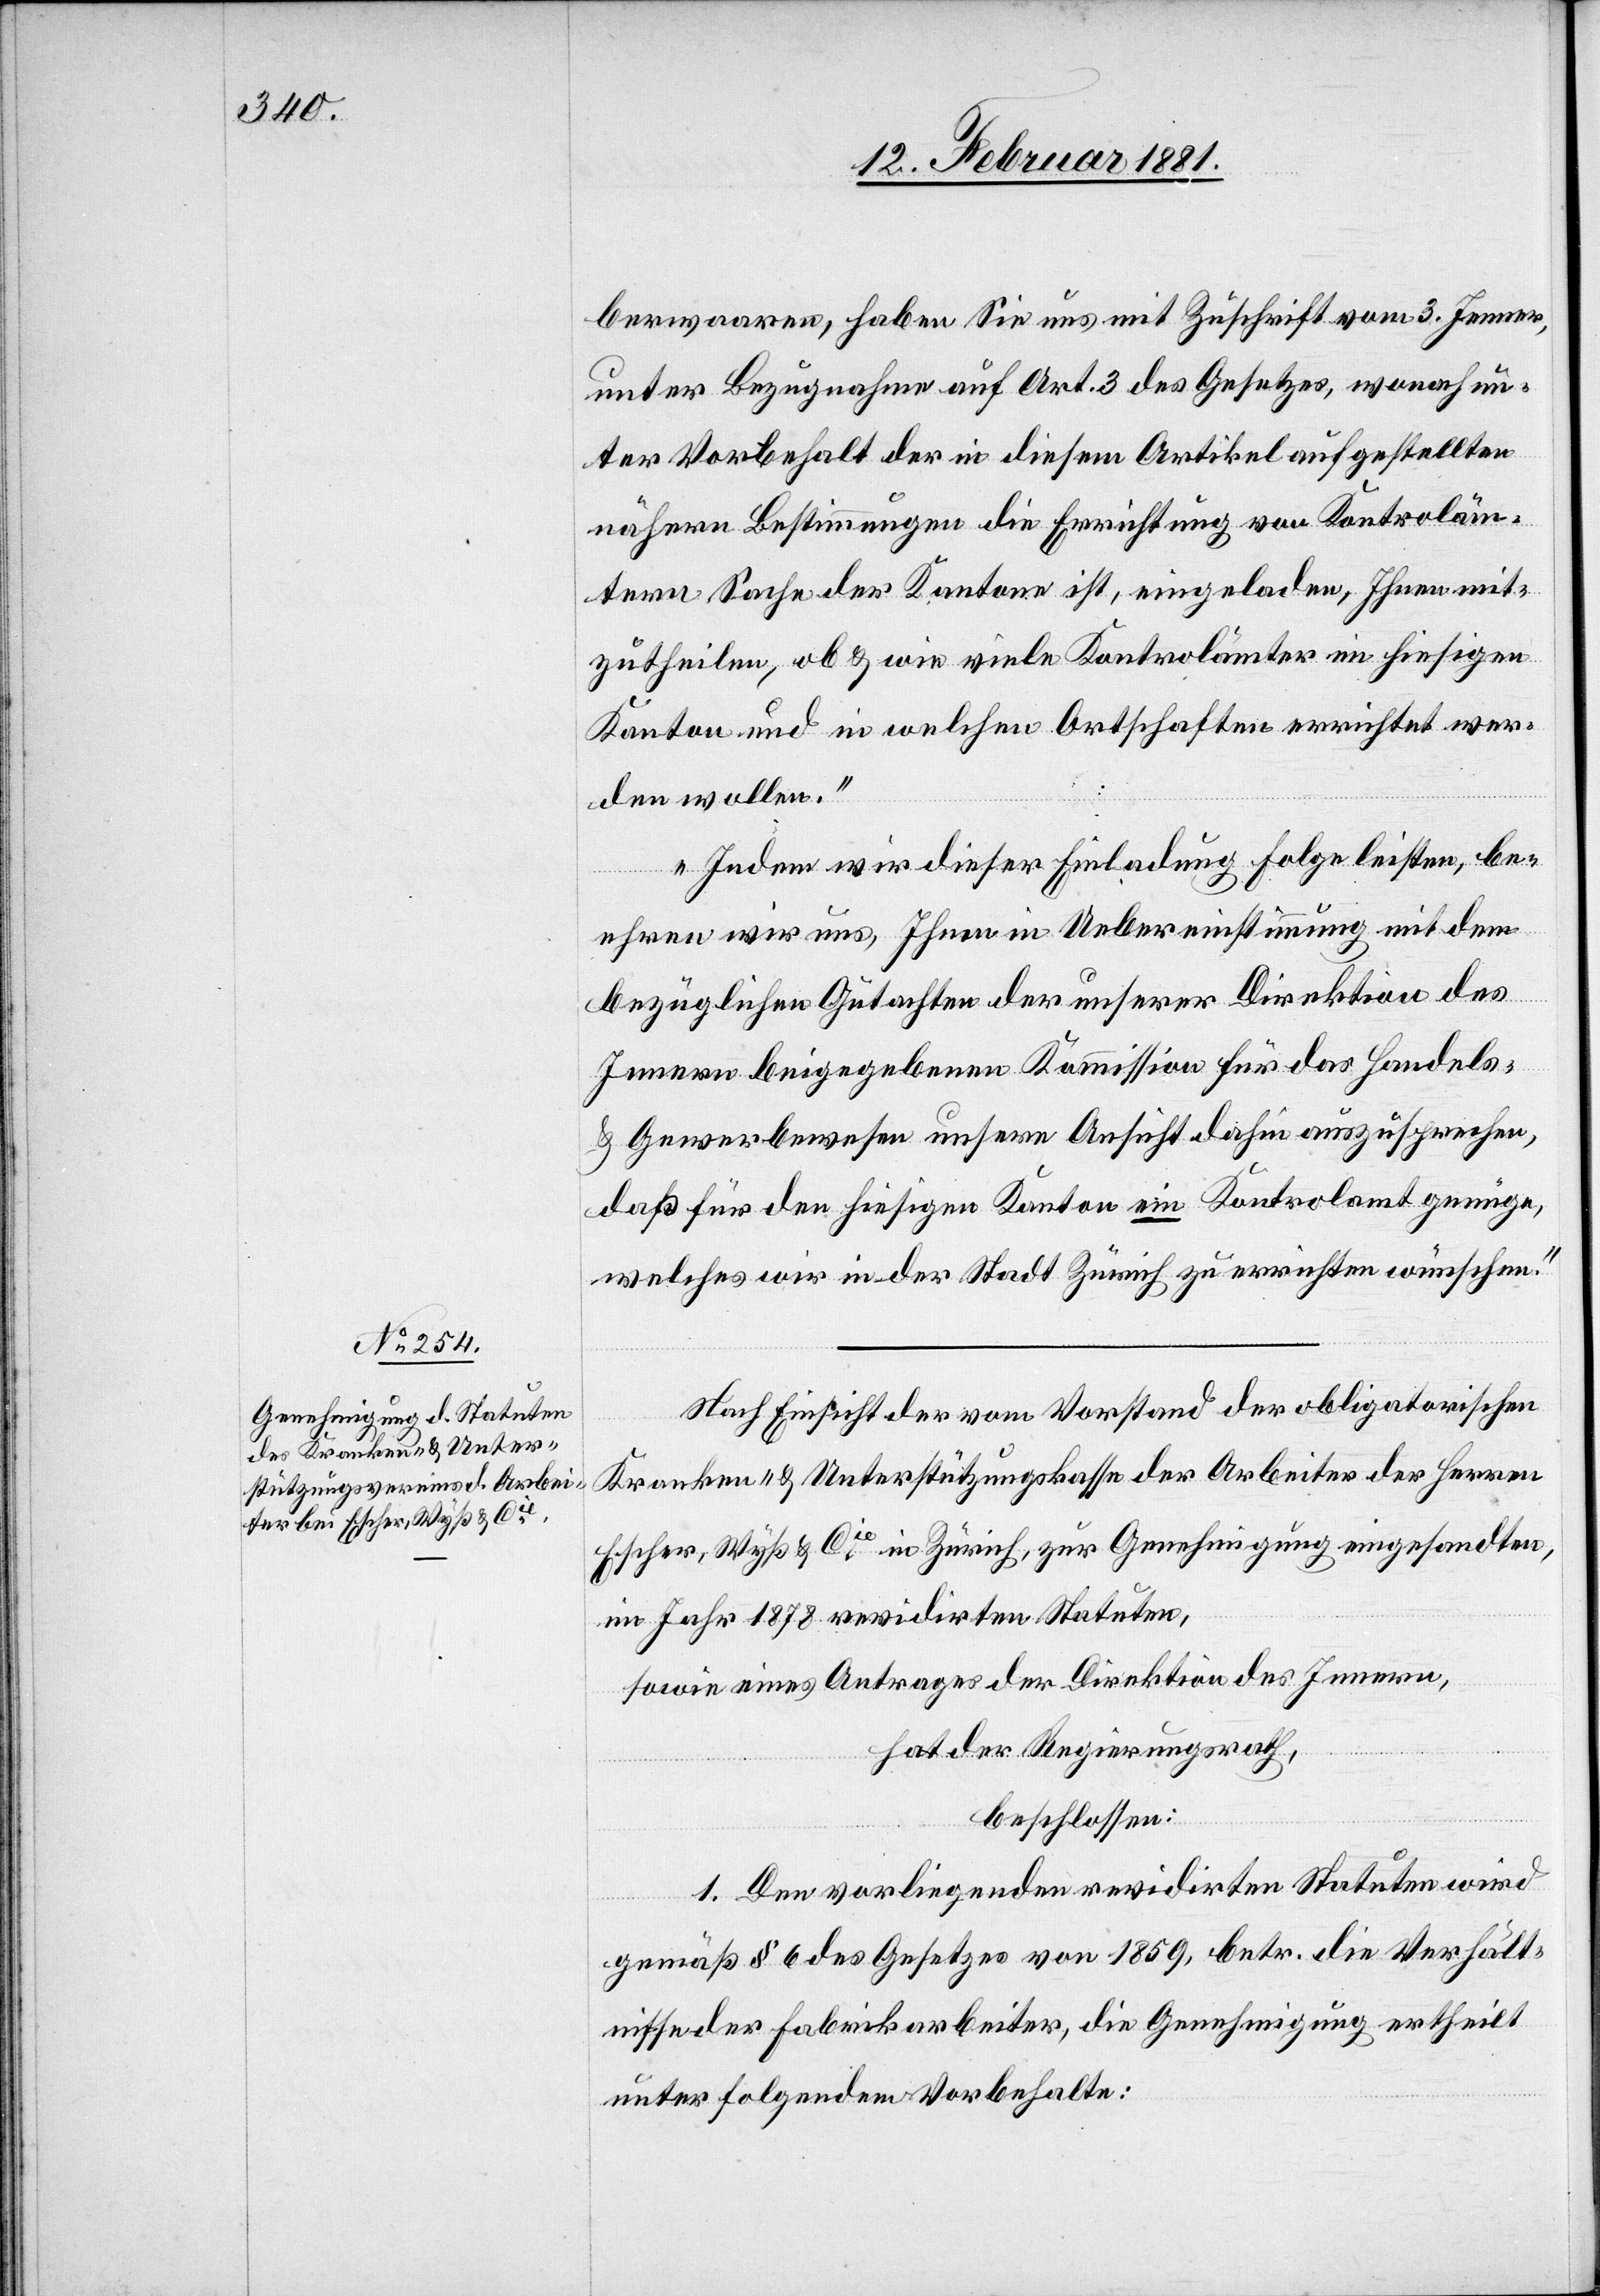
berwaaren, haben Sie uns mit Zuschrift vom 3. Jenner,
unter Bezugnahme auf Art. 3 des Gesetzes, wonach un¬
ter Vorbehalt der in diesem Artikel aufgestellten
nähern Bestimmungen die Errichtung von Kotroläm¬
tern Sache der Kantone ist, eingeladen, Ihnen mit¬
zutheilen, ob & wie viele Kontrolämter im hiesigen
Kanton und in welchen Ortschaften errichtet wer¬
den wollen.“
„Indem wir dieser Einladung Folge leisten, be¬
ehren wir uns, Ihnen in Uebereinstimmung mit dem
bezüglichen Gutachten der unserer Direktion des
Innern beigegebenen Kommission für das Handles-
& Gewerbewesen unsere Ansicht dahin auszusprechen,
daß für den hiesigen Kanton ein Kontrolamt genüge,
welches wir in der Stadt Zürich zu errichten wünschen.“
Nach Einsicht der vom Vorstand der obligatorischen
Kranken- & Unterstützungskasse der Arbeiter der Herren
Escher, Wyß & Cie in Zürich, zur Genehmigung eingesandten,
im Jahr 1878 revidirten Statuten,
sowie eines Antrages der Direktion des Innern,
hat der Regierungsrath,
beschlossen:
1. Den vorliegenden revidirten Statuten wird
gemäß § 6 des Gesetzes von 1859, betr. die Verhält¬
nisse der Fabrikarbeiter, die Genehmigung ertheilt
unter folgendem Vorbehalte: